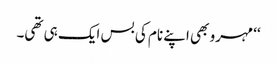
‘‘ مہرو بھی اپنے نام کی بس ایک ہی تھی۔